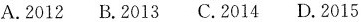
A.2012B.2013C.2014D.2015